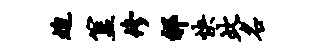
迫簋修祁快此名